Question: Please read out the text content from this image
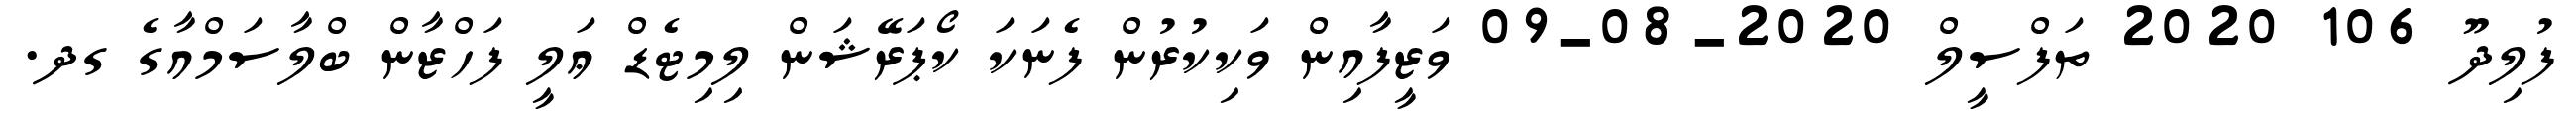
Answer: ފުލިދޫ 106 2020 ތަފްސީލް 2020-08-09 ވަޒީފާއިން ވަކިކުރުން ފެނަކަ ކޯޕަރޭޝަން ލިމިޓެޑް ޢަލީ ފަހްޒާން ބްލާސަމްއާގެ ގދ.